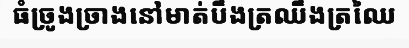
ធំច្រូងច្រាងនៅមាត់បឹងត្រឈឹងត្រឈៃ